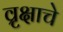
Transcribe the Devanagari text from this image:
व्रृक्षाचे